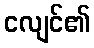
ငလျင်၏